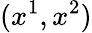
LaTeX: (x^{1},x^{2})